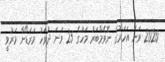
2020 ވަނަ އަހަރުގެ ނޮވެމްބަރު މަހުގެ 25 ވަނަ ދުވަހު މަރަޑޯނާ މަރުވީ